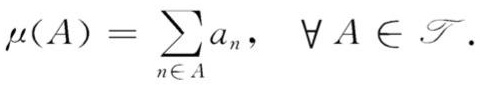
\[
\mu(A)=\sum_{n\in A}a_n,\quad \forall A\in\mathcal{F}.
\]